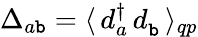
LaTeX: \Delta_{a\mathtt{b}}=\langle\, d_{a}^{\dagger}\, d_{\mathtt{b}}^{\phantom{\dagger}}\, \rangle_{qp}